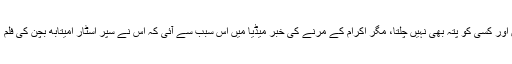
اکرام جیسے بہتیرے لوگ مر جاتے ہیں اور کسی کو پتہ بھی نہیں چلتا، مگر اکرام کے مرنے کی خبر میڈیا میں اس سبب سے آئی کہ اس نے سپر اسٹار امیتابھ بچن کی فلم ’’پا‘‘ میں ایک مختصر کردار ادا کیا تھا۔